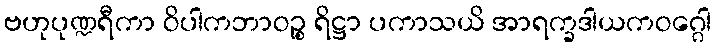
ဗဟုပုဏ္ဍရီကာ ဝိပါကဘာဝဉ္စ ရိဋ္ဌာ ပကာသယိ အာရက္ခဒါယကဝဂ္ဂေါ